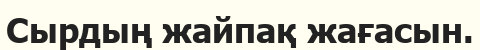
Сырдың жайпақ жағасын.